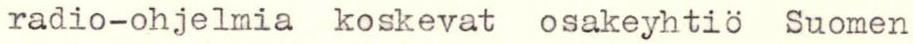
radio-ohjelmia koskevat osakeyhtiö Suomen